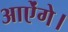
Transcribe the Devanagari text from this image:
आऐंगे।